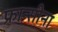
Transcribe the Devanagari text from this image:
फ्रान्सीना